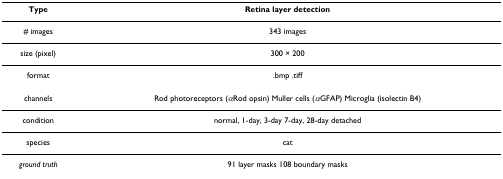
<table><thead><tr><td><b>Type</b></td><td><b>Retina layer detection</b></td></tr></thead><tbody><tr><td># images</td><td>343 images</td></tr><tr><td>size (pixel)</td><td>300 × 200</td></tr><tr><td>format</td><td>.bmp .tiff</td></tr><tr><td>channels</td><td>Rod photoreceptors (<i>α</i>Rod opsin) Muller cells (<i>α</i>GFAP) Microglia (isolectin B4)</td></tr><tr><td>condition</td><td>normal, 1-day, 3-day 7-day, 28-day detached</td></tr><tr><td>species</td><td>cat</td></tr><tr><td><i>ground truth</i></td><td>91 layer masks 108 boundary masks</td></tr></tbody></table>